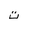
Letter: _ta